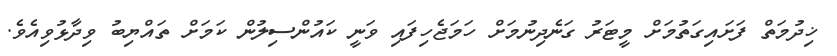
ޚިދުމަތް ފަށައިގަތުމަށް މީޓަރު ގަނެދިނުމަށް ހަމަޖެހިފައި ވަނީ ކައުންސިލުން ކަމަށް ތައްޔިބު ވިދާޅުވިއެވެ.